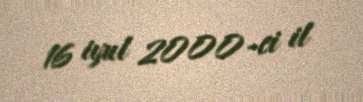
16 iyul 2000-ci il